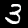
Digit: 3